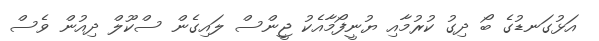
އަޅުގަނޑުގެ ބޯ ދިގު ކުރުމާއި ޔުނީފޯމާއެކު ޖީންސް ލައިގެން ސްކޫލް ދިއުން ވެސް